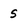
Character: 5